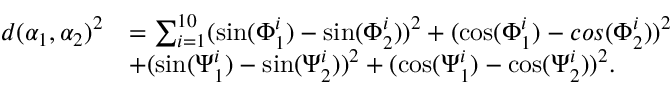
\begin{array} { r l } { d ( \alpha _ { 1 } , \alpha _ { 2 } ) ^ { 2 } } & { = \sum _ { i = 1 } ^ { 1 0 } ( \sin ( \Phi _ { 1 } ^ { i } ) - \sin ( \Phi _ { 2 } ^ { i } ) ) ^ { 2 } + ( \cos ( \Phi _ { 1 } ^ { i } ) - c o s ( \Phi _ { 2 } ^ { i } ) ) ^ { 2 } } \\ & { + ( \sin ( \Psi _ { 1 } ^ { i } ) - \sin ( \Psi _ { 2 } ^ { i } ) ) ^ { 2 } + ( \cos ( \Psi _ { 1 } ^ { i } ) - \cos ( \Psi _ { 2 } ^ { i } ) ) ^ { 2 } . } \end{array}